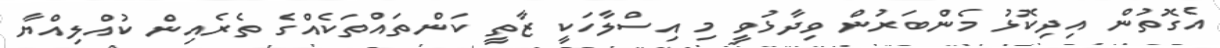
އެގޮތުން އިދިކޮޅު މެންބަރުން ވިދާޅުވީ މި އިސްލާހަކީ ޒާތީ ކަންތައްތަކެއްގެ ތެރެއިން ކުއްލިއްޔާ